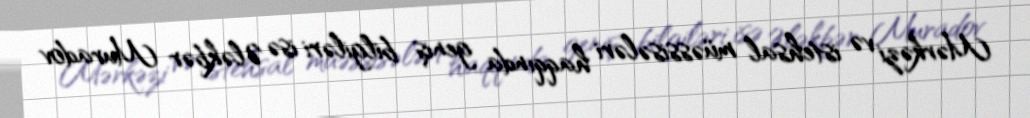
Mərkəzi və istehsal müəssisələri haqqında geniş bilgiləri isə Ələkbər Muradov